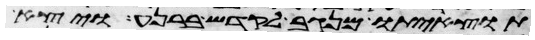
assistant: תוצאיתו מנגב לקדש ברנע ויצא